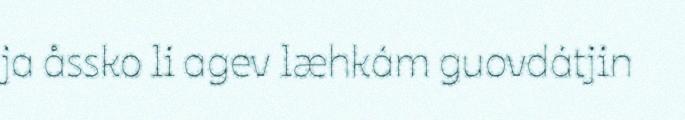
ja åssko li agev læhkám guovdátjin